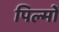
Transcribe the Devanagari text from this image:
पिल्मों